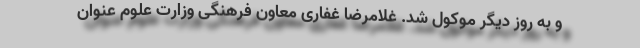
و به روز دیگر موکول شد. غلامرضا غفاری معاون فرهنگی وزارت علوم عنوان